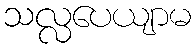
သလ္လပေယျာမ